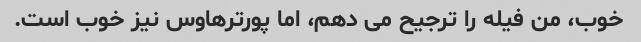
خوب، من فیله را ترجیح می دهم، اما پورترهاوس نیز خوب است.